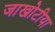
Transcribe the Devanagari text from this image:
जाखोटीया